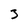
Character: 3